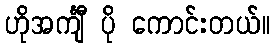
ဟိုအင်္ကျီ ပို ကောင်းတယ်။